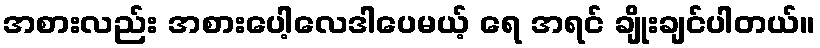
အစားလည်း အစားပေါ့လေဒါပေမယ့် ရေ အရင် ချိုးချင်ပါတယ်။